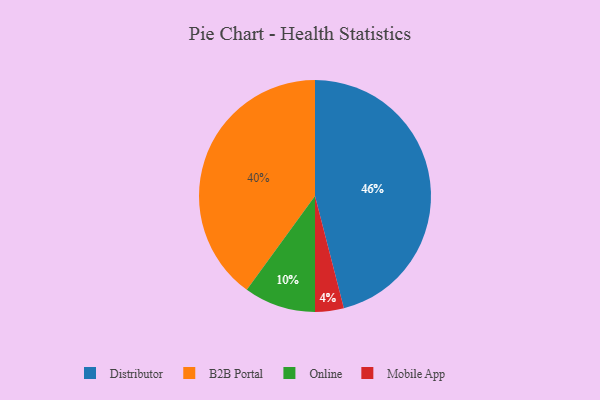
{"axis": {"x": "Category", "y": "Percentage"}, "legend": ["B2B Portal", "Distributor", "Mobile App", "Online"], "data": [{"x": "Mobile App", "y": 4, "type": "Mobile App"}, {"x": "Distributor", "y": 46, "type": "Distributor"}, {"x": "B2B Portal", "y": 40, "type": "B2B Portal"}, {"x": "Online", "y": 10, "type": "Online"}]}